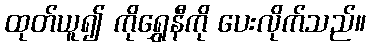
ထုတ်ယူ၍ ကိုရွှေနီကို ပေးလိုက်သည်။